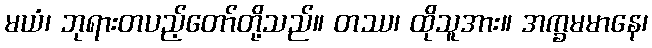
မယံ၊ ဘုရားတပည့်တော်တို့သည်။ တဿ၊ ထိုသူအား။ အက္ခမမာနေ၊